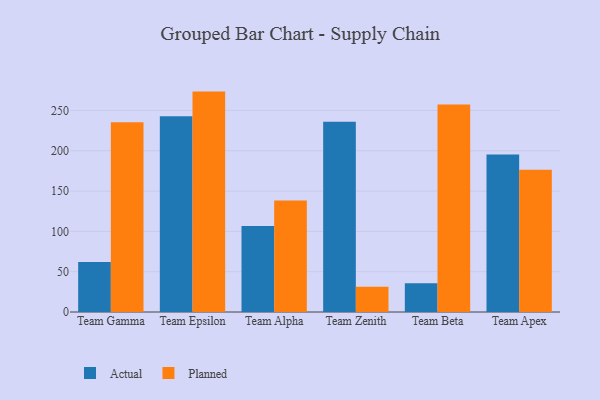
{"axis": {"x": "Team", "y": "Operating Costs (USD K)"}, "legend": ["Actual", "Planned"], "data": [{"x": "Team Gamma", "y": 62.1, "type": "Actual"}, {"x": "Team Gamma", "y": 235.4, "type": "Planned"}, {"x": "Team Epsilon", "y": 242.8, "type": "Actual"}, {"x": "Team Epsilon", "y": 273.4, "type": "Planned"}, {"x": "Team Alpha", "y": 106.8, "type": "Actual"}, {"x": "Team Alpha", "y": 138.3, "type": "Planned"}, {"x": "Team Zenith", "y": 236.1, "type": "Actual"}, {"x": "Team Zenith", "y": 31.3, "type": "Planned"}, {"x": "Team Beta", "y": 35.6, "type": "Actual"}, {"x": "Team Beta", "y": 257.5, "type": "Planned"}, {"x": "Team Apex", "y": 195.5, "type": "Actual"}, {"x": "Team Apex", "y": 176.5, "type": "Planned"}]}